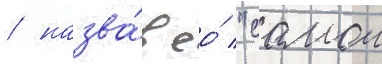
/ назва́в ео́ "самои